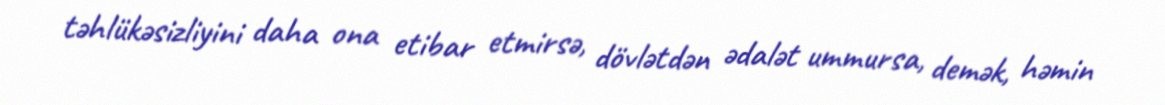
təhlükəsizliyini daha ona etibar etmirsə, dövlətdən ədalət ummursa, demək, həmin